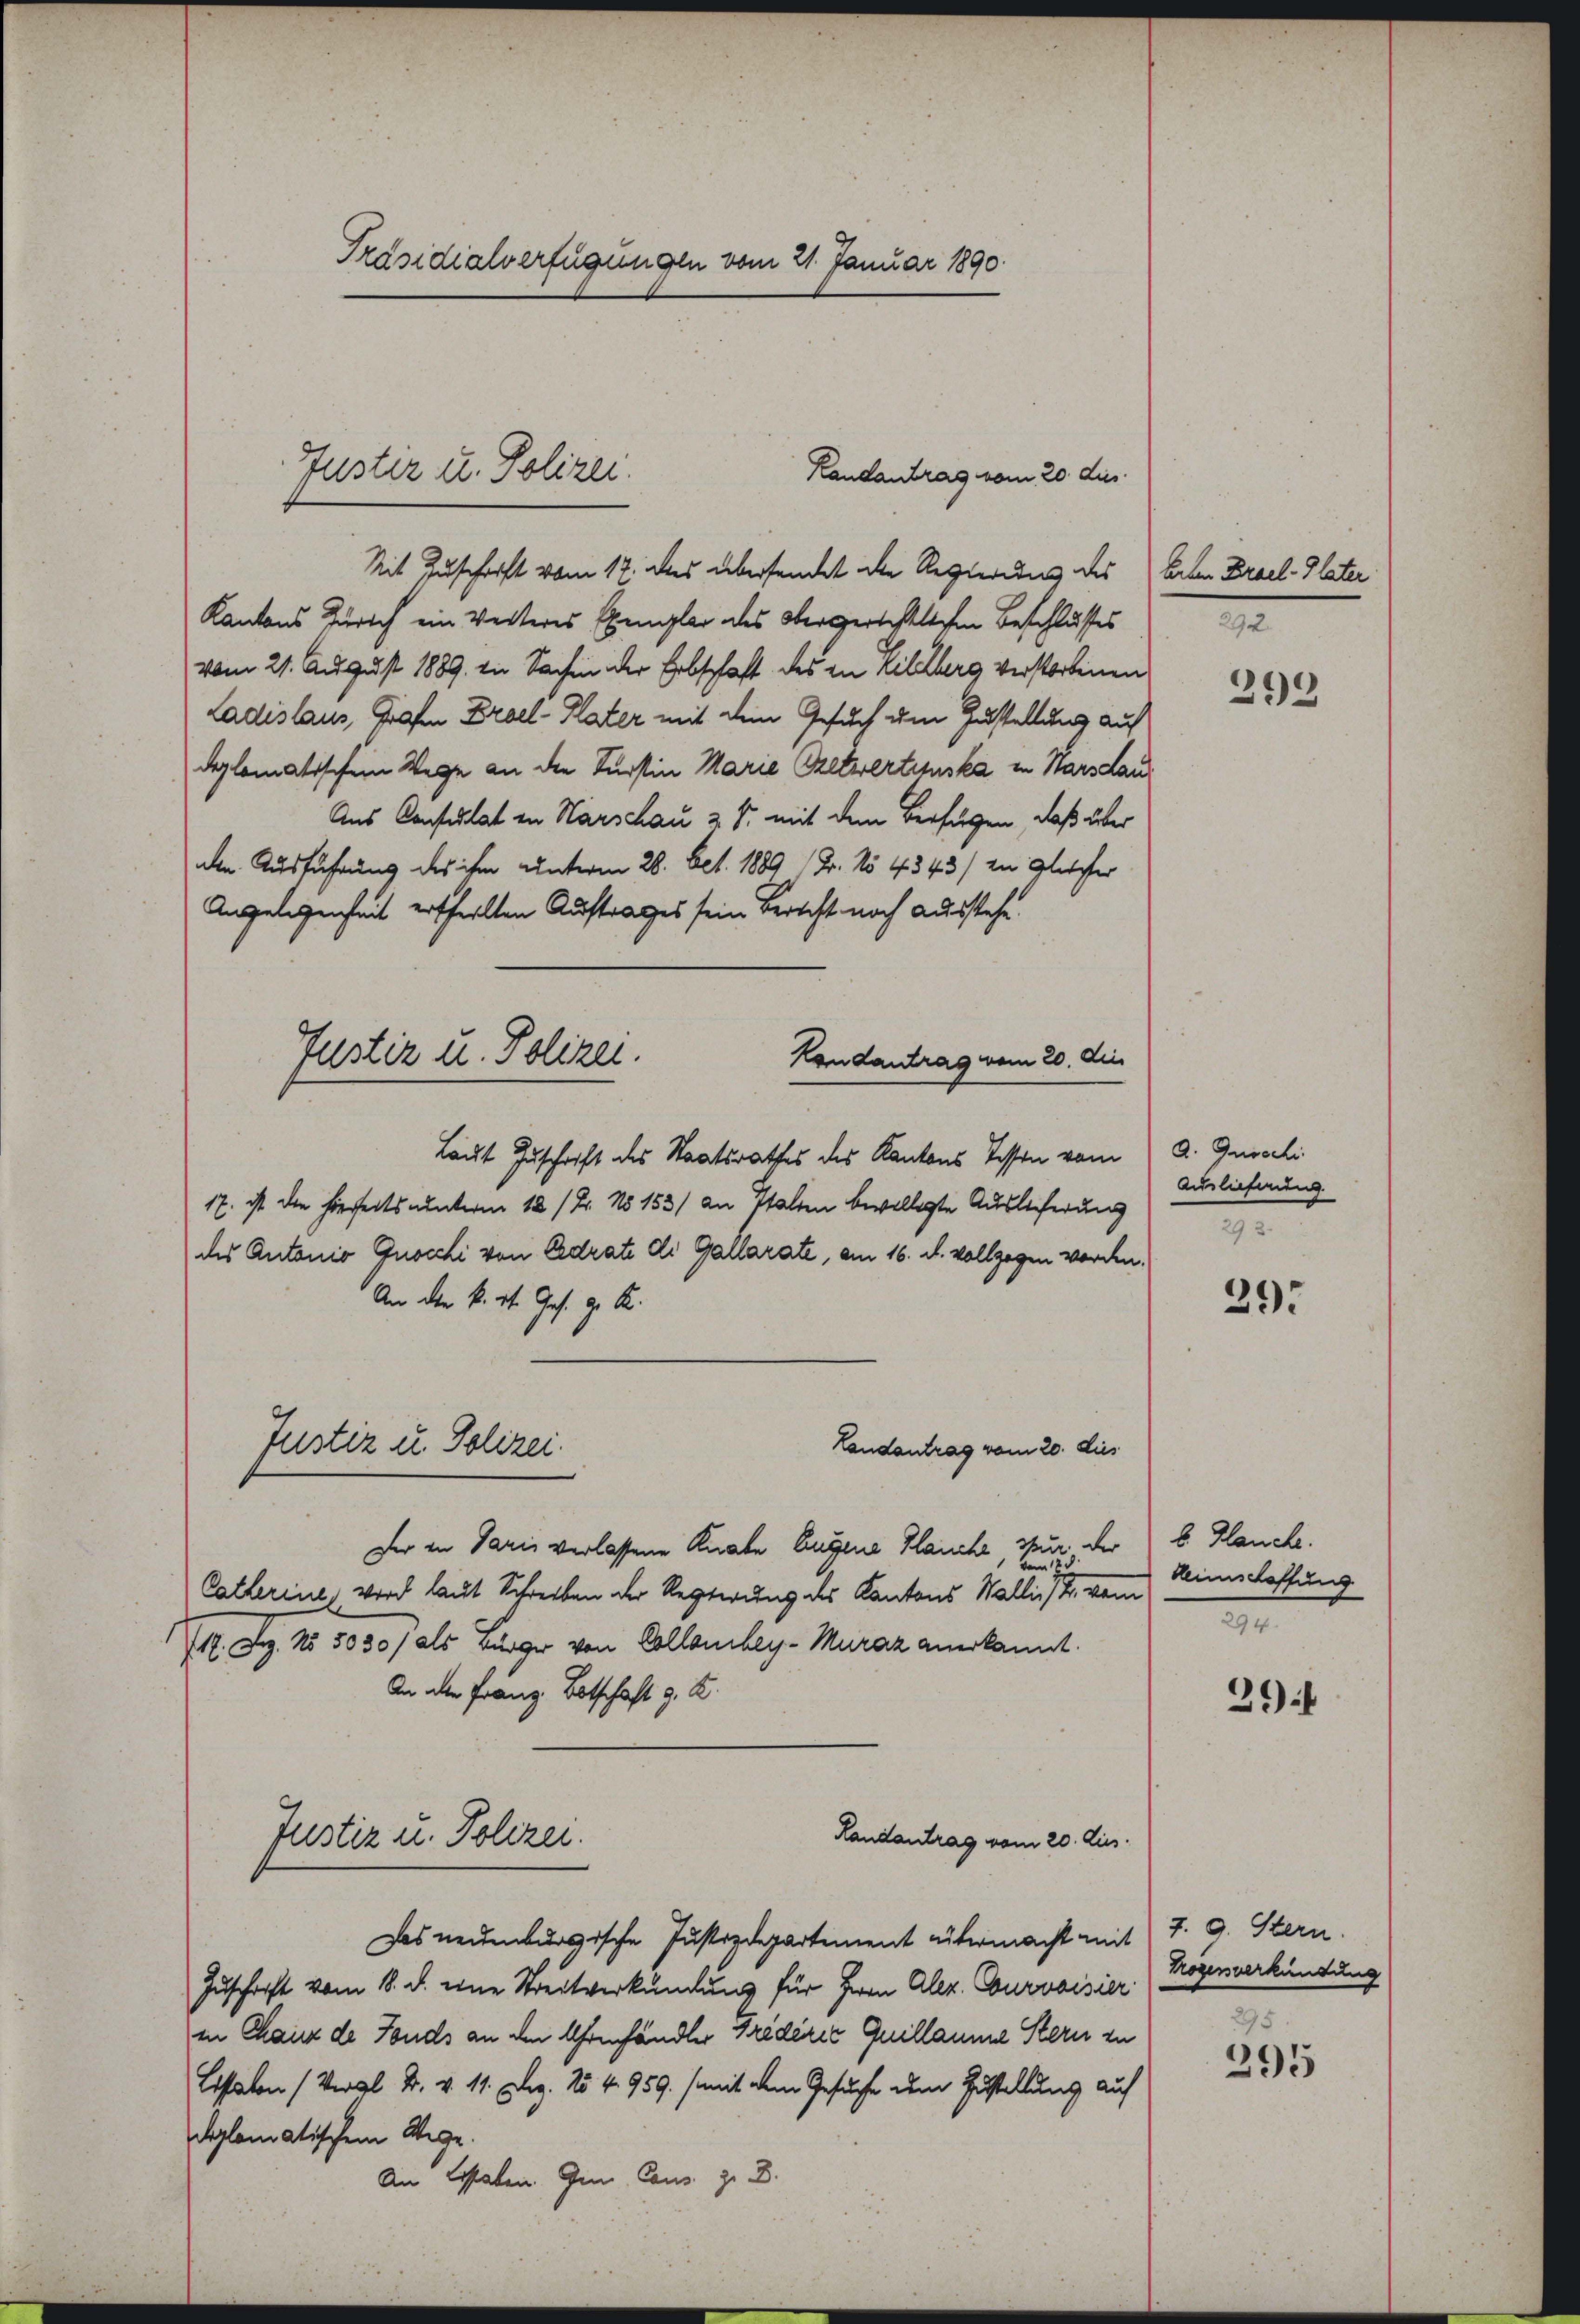
Mit Zuschrift vom 17. des übersendet die Regierung des Arten Brael-Plater
Kantons Zürich ein Werteres Exemplar des Obergerichtlichen Beschlusses
vom 21. August 1889. in Sachen der Erbschaft des in Kilchberg verstorbenen
Ladislaus, Grafen Prael-Plater mit dem Gesuch um Zustellung auf
deplomatischem Wege an die Fürstin Marie Gretwertinska in Harsdau
Aus Consulat in Marschau 2 S. mit dem Verfügen, daß über
den Ausführung des ihm unterm 28. Oct. 1889 (Dr. No 4343/ in gleicher
Angelegenheit ertheilten Auftrages sein Bericht noch ausstehe.
Laut Zuschrift des Staatsrathes des Kantons Tessen vom
17. ist die hierseits unterm 18 / Fr. No 153) an stalten bewilligte Auslieferung
des Antonio Gnocchi von Adrate di Gallarate, am 16. d. vollzogen worden.
An den k. St. Ges. g. K.
Justiz u. Polizei.
Landantrag vom 20. dies
Der in Paris verlassene Knabe Eugene Planche sur der 6. Hauche.
Catharine, wird laut Schreiben der Regierung des Kantons Wallis, von Wielaffung
17. Dez. No 5030/ als Bürger von Collanchey-Muraz anerkannt.
An der Franz Botschaft z. B.
Justiz u. Polizei.
Randantrag vom 20. Aus
Das neuenburgische Justizdepartement untermacht mit 7. 9. Stern.
Zuschrift vom 18. d. eine Streitverkündung für Herrn Aler. Courvoisier
in Chaux de Fonds an den Uhrenhändler Friderić Quillaume Stern zu
Lossalen (Vergl. F. v. 11. Dez. 15 f. 959. (mit dem Gesuche um Zustellung auf
oplomatischem Wege.
An Estaben. Im Cons. z. B.

Präsidialverfügungen vom 21. Januar 1890.

Justiz u. Polizei.
Kandantrag vom 20. dus.

Justiz u. Polizei.
Hondantrag vom 20. die

m

293

A. Gusschi
Auslieferung
293.

29.

294.

29f

Trogensverkündung
295

295